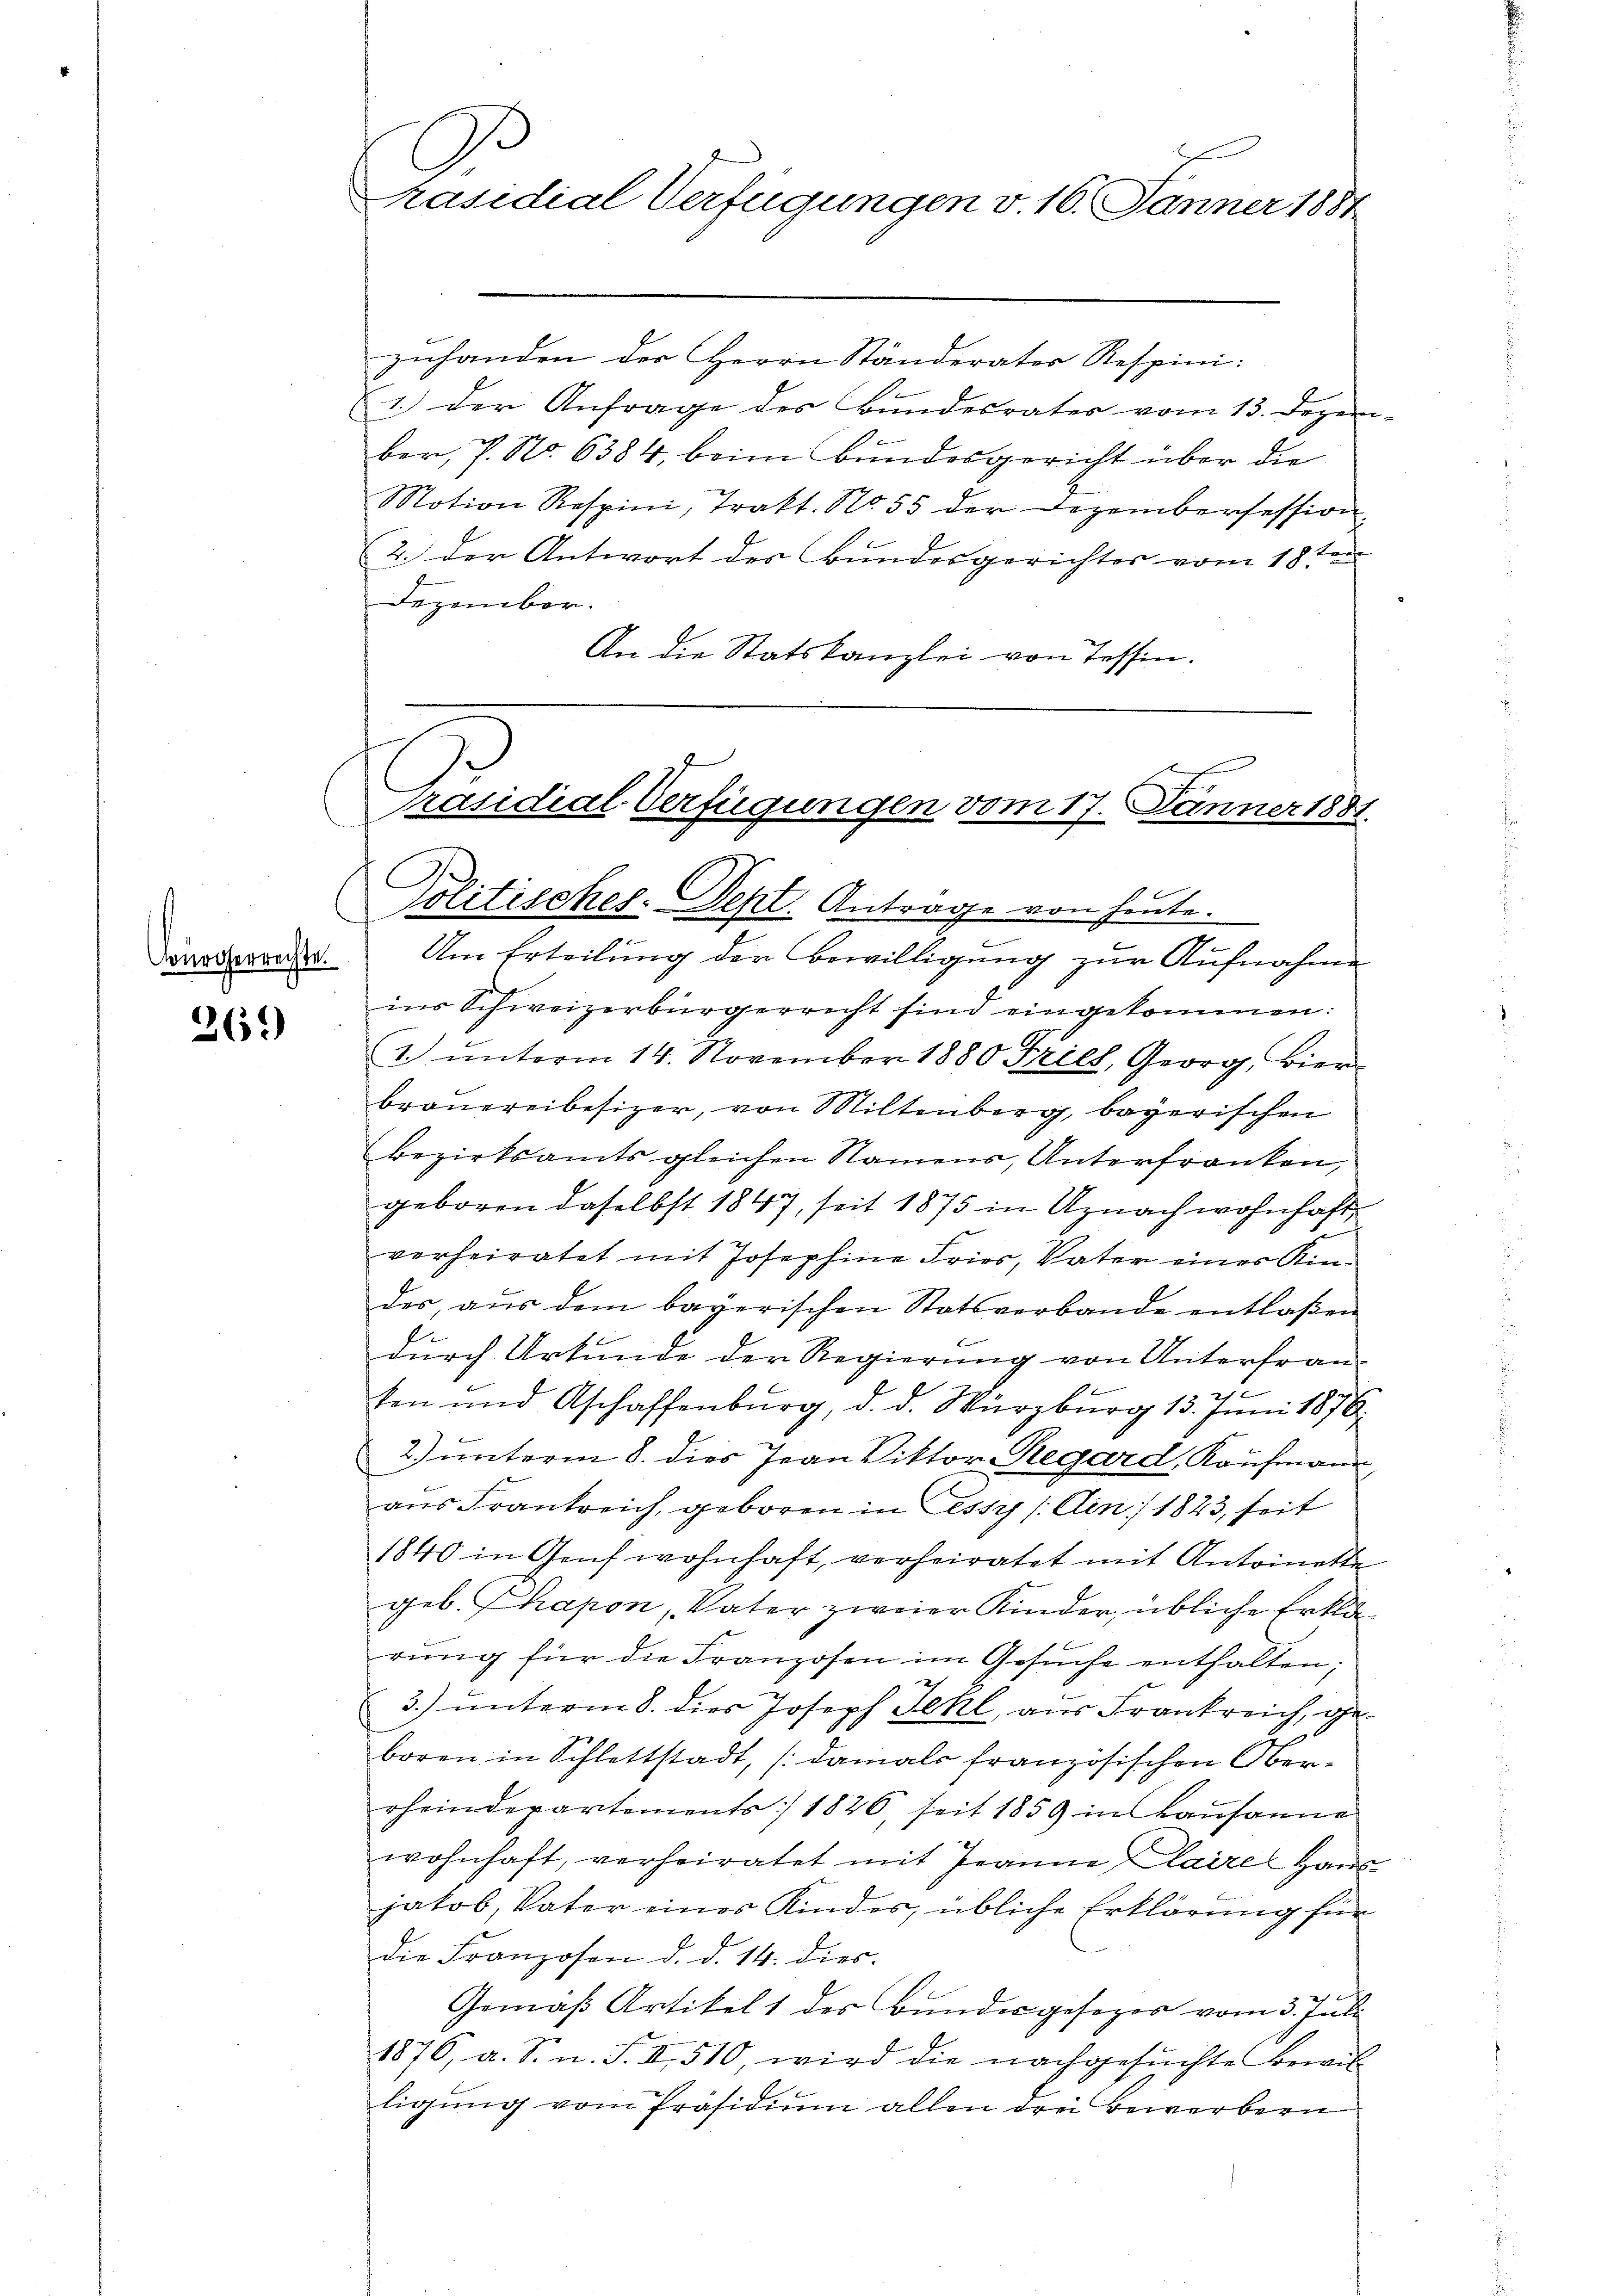
Bürgerrechte.

261)

e

s
räsidial-Verfügungen v. 16. Jänner 1881

zuhanden der Herrn Ständerater Respini:
1.) Der Anfrage des Bŭndesrater vom 13. Dezem
ber, P. Nr. 6384, beim Bundesgericht über die
Motion Respini, Trakt. No. 55 der Dezembersession
2. der Antwort des Bundesgerichtes vom 18ten
Dezember.
An die Statskanzlei von Tessin.
Politisches-Dept. Antrage von heute.
Um Erteilung der Bewilligung zur Aufnahme
ins Schweizerbürgerrecht sind eingekommen:
1 ŭnterm 14. November 1880 Fries, Georg, Bier
braŭereibesizer, von Miltenberg, bayerischen
bezirksamts gleichen Namens, Unterfranken,
geboren daselbst 1847, seit 1875 in Uznach wohnhaft
verheiratet mit Josephine Fries, Vater einer Kinder, aŭs dem bayerischen Statsverbande entlaßen
l
durch Urkunde der Regierung von Untertraus
ten und Aschaffenburg, d. d. Würzburg 13. Juni 1876
2) unterm 8. dies Jean Viktor Regard, Kaufmann
E
aus Frankreich, geboren in Cessy /: Ain 1823, seit
1840 in Genf wohnhaft, verheiratet mit Antoinetten
geb. Phapon, Vater zweier Kinder übliche Erklärŭng für die Franzosen im Gesŭche enthalten;
3.) unterm 8. dies Joseph Fehl, aus Frankreich, geboren in Schlettstadt, (damals französischen Oberrheindepartements: 1826, seit 1859 in Bausanne
wohnhaft, verheiratet mit Jeanne laire Haus
jakob, Vater eines Kindes, übliche Erklärung für
die Franzosen d. d. 14. dies
Gemäß Artikelt des Bundesgesezes vom 3. Juli
1876, a. S. n. F. II 510 wird die nachgesŭchte Bewil-
ligung vom Präsidium allen drei Bewerbern

räsidial-Verfügungen vom 17. Jänner 1881.